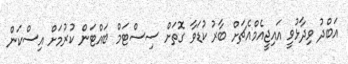
އަބްދު ވިދާޅުވީ އައިޖީއެމްއެޗަށް ބާރު ކުޑަވާ ގޮތަށް ސިސްޓަމް ބައްޓަން ކުރުމަށް އިސްކަން